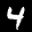
Label: 4